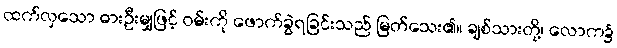
ထက်လှသော ဓားဦးမျှဖြင့် ဝမ်းကို ဖောက်ခွဲရခြင်းသည် မြတ်သေး၏။ ချစ်သားတို့၊ လောက၌